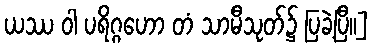
ယဿ ဝါ ပရိဂ္ဂဟော တံ သာမီသုတ်၌ ပြခဲ့ပြီ။]